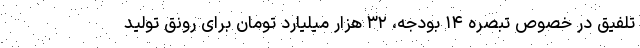
تلفیق در خصوص تبصره ۱۴ بودجه، ۳۲ هزار میلیارد تومان برای رونق تولید